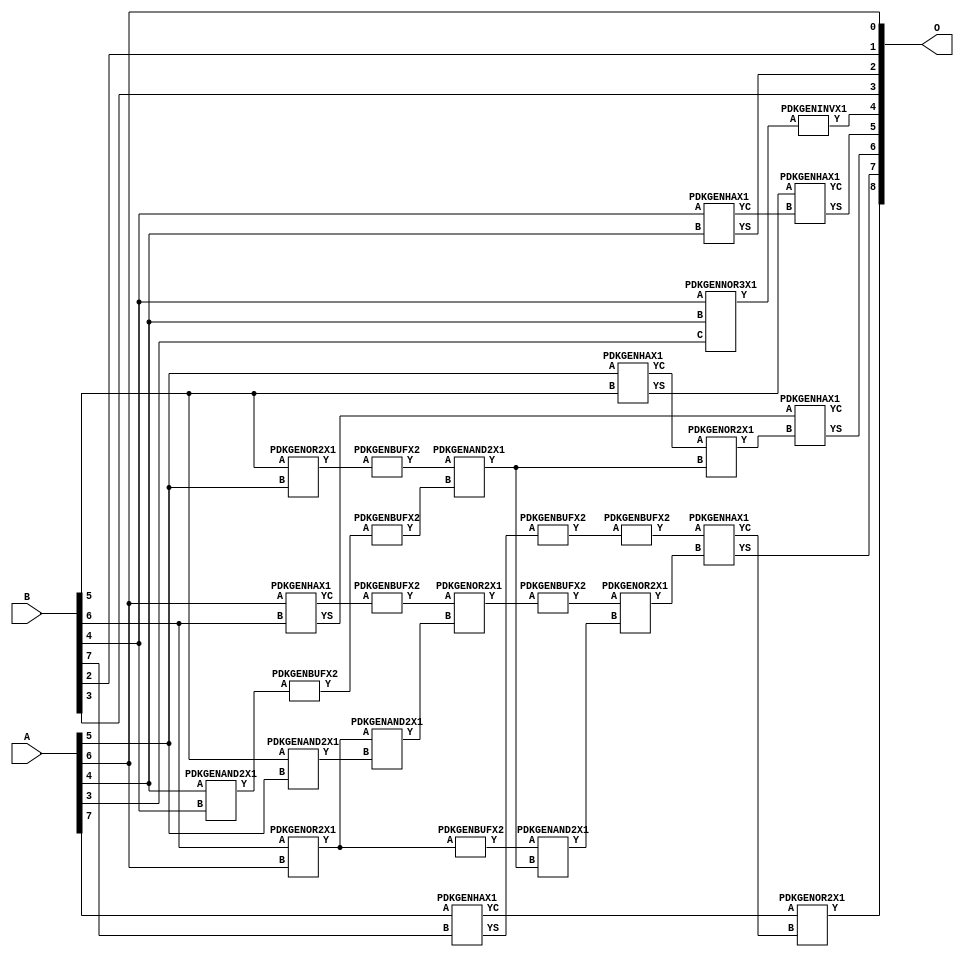
// Library = EvoApprox8b
// Circuit = add8_259
// Area   (180) = 1184
// Delay  (180) = 0.880
// Power  (180) = 332.60
// Area   (45) = 82
// Delay  (45) = 0.370
// Power  (45) = 26.53
// Nodes = 28
// HD = 188032
// MAE = 5.77930
// MSE = 50.00000
// MRE = 3.08 %
// WCE = 17
// WCRE = 100 %
// EP = 94.2 %

module add8_259(A, B, O);
  input [7:0] A;
  input [7:0] B;
  output [8:0] O;
  wire [2031:0] N;

  assign N[0] = A[0];
  assign N[1] = A[0];
  assign N[2] = A[1];
  assign N[3] = A[1];
  assign N[4] = A[2];
  assign N[5] = A[2];
  assign N[6] = A[3];
  assign N[7] = A[3];
  assign N[8] = A[4];
  assign N[9] = A[4];
  assign N[10] = A[5];
  assign N[11] = A[5];
  assign N[12] = A[6];
  assign N[13] = A[6];
  assign N[14] = A[7];
  assign N[15] = A[7];
  assign N[16] = B[0];
  assign N[17] = B[0];
  assign N[18] = B[1];
  assign N[19] = B[1];
  assign N[20] = B[2];
  assign N[21] = B[2];
  assign N[22] = B[3];
  assign N[23] = B[3];
  assign N[24] = B[4];
  assign N[25] = B[4];
  assign N[26] = B[5];
  assign N[27] = B[5];
  assign N[28] = B[6];
  assign N[29] = B[6];
  assign N[30] = B[7];
  assign N[31] = B[7];

  PDKGENOR2X1 n42(.A(N[28]), .B(N[12]), .Y(N[42]));
  assign N[43] = N[42];
  PDKGENAND2X1 n46(.A(N[26]), .B(N[10]), .Y(N[46]));
  PDKGENNOR3X1 n48(.A(N[24]), .B(N[8]), .C(N[6]), .Y(N[48]));
  assign N[49] = N[48];
  PDKGENAND2X1 n68(.A(N[8]), .B(N[24]), .Y(N[68]));
  PDKGENBUFX2 n70(.A(N[68]), .Y(N[70]));
  PDKGENHAX1 n72(.A(N[24]), .B(N[8]), .YS(N[72]), .YC(N[73]));
  PDKGENHAX1 n78(.A(N[10]), .B(N[26]), .YS(N[78]), .YC(N[79]));
  PDKGENHAX1 n86(.A(N[12]), .B(N[28]), .YS(N[86]), .YC(N[87]));
  PDKGENHAX1 n96(.A(N[14]), .B(N[30]), .YS(N[96]), .YC(N[97]));
  PDKGENBUFX2 n128(.A(N[43]), .Y(N[128]));
  PDKGENOR2X1 n134(.A(N[26]), .B(N[10]), .Y(N[134]));
  assign N[135] = N[134];
  PDKGENBUFX2 n136(.A(N[135]), .Y(N[136]));
  PDKGENBUFX2 n142(.A(N[87]), .Y(N[142]));
  assign N[143] = N[142];
  PDKGENBUFX2 n152(.A(N[70]), .Y(N[152]));
  PDKGENBUFX2 n160(.A(N[96]), .Y(N[160]));
  PDKGENAND2X1 n162(.A(N[43]), .B(N[46]), .Y(N[162]));
  PDKGENINVX1 n176(.A(N[49]), .Y(N[176]));
  assign N[177] = N[176];
  PDKGENOR2X1 n180(.A(N[143]), .B(N[162]), .Y(N[180]));
  assign N[181] = N[180];
  PDKGENBUFX2 n208(.A(N[181]), .Y(N[208]));
  assign N[209] = N[208];
  PDKGENAND2X1 n226(.A(N[136]), .B(N[152]), .Y(N[226]));
  PDKGENOR2X1 n244(.A(N[79]), .B(N[226]), .Y(N[244]));
  assign N[245] = N[244];
  PDKGENAND2X1 n254(.A(N[128]), .B(N[226]), .Y(N[254]));
  PDKGENOR2X1 n272(.A(N[209]), .B(N[254]), .Y(N[272]));
  PDKGENBUFX2 n376(.A(N[160]), .Y(N[376]));
  assign N[377] = N[376];
  PDKGENHAX1 n394(.A(N[78]), .B(N[73]), .YS(N[394]), .YC(N[395]));
  PDKGENHAX1 n404(.A(N[86]), .B(N[245]), .YS(N[404]), .YC(N[405]));
  PDKGENHAX1 n412(.A(N[377]), .B(N[272]), .YS(N[412]), .YC(N[413]));
  PDKGENOR2X1 n422(.A(N[97]), .B(N[413]), .Y(N[422]));

  assign O[0] = N[12];
  assign O[1] = N[20];
  assign O[2] = N[72];
  assign O[3] = N[22];
  assign O[4] = N[177];
  assign O[5] = N[394];
  assign O[6] = N[404];
  assign O[7] = N[412];
  assign O[8] = N[422];

endmodule
/* mod */
module PDKGENHAX1( input A, input B, output YS, output YC );
    assign YS = A ^ B;
    assign YC = A & B;
endmodule
/* mod */
module PDKGENOR2X1(input A, input B, output Y );
     assign Y = A | B;
endmodule
/* mod */
module PDKGENAND2X1(input A, input B, output Y );
     assign Y = A & B;
endmodule
/* mod */
module PDKGENINVX1(input A, output Y );
     assign Y = ~A;
endmodule
/* mod */
module PDKGENNOR3X1(input A, input B, input C, output Y );
     assign Y = ~((A | B) | C);
endmodule
/* mod */
module PDKGENBUFX2(input A, output Y );
     assign Y = A;
endmodule